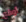
أوقع